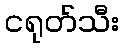
ငရုတ်သီး